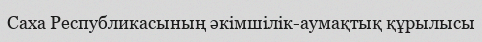
Саха Республикасының әкімшілік-аумақтық құрылысы